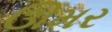
ઊમર